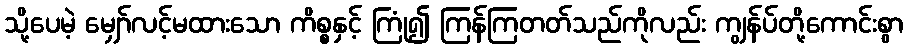
သို့ပေမဲ့ မျှော်လင့်မထားသော ကိစ္စနှင့် ကြုံ၍ ကြန်ကြတတ်သည်ကိုလည်း ကျွန်ပ်တို့ကောင်းစွာ